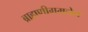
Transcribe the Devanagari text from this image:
ब्राह्मणीगमनेन